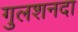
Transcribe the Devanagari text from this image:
गुलशनदा